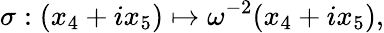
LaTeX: \sigma:(x_{4}+ix_{5})\mapsto\omega^{-2}(x_{4}+ix_{5}),